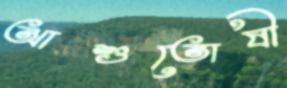
আশুতোষী